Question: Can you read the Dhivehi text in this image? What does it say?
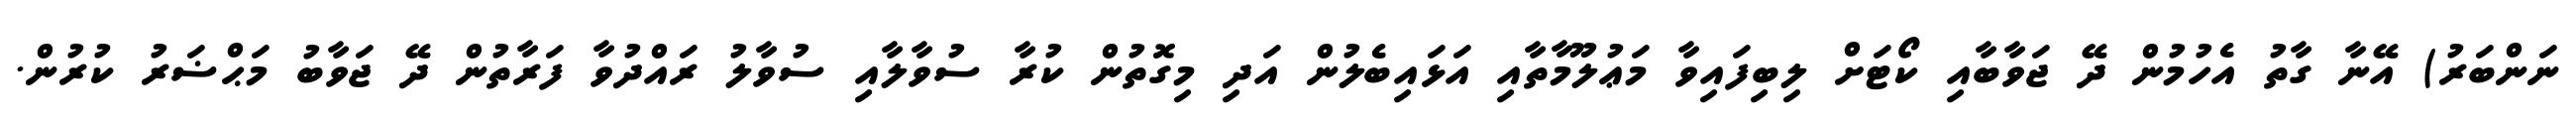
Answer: ނަންބަރު) އޭނާ ގާތު އެހުމުން ދޭ ޖަވާބާއި ކޯޓަށް ލިބިފައިވާ މަޢުލޫމާތާއި އަޅައިބެލުން އަދި މިގޮތުން ކުރާ ސުވާލާއި ސުވާލު ރައްދުވާ ފަރާތުން ދޭ ޖަވާބު މަޙްޟަރު ކުރުން.